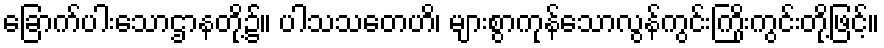
ခြောက်ပါးသောဌာနတို့၌။ ပါသသတေဟိ၊ များစွာကုန်သောလွန်ကွင်းကြိုးကွင်းတို့ဖြင့်။